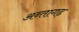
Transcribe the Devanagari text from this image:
अन्तागढ़